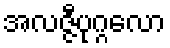
အလဇ္ဇီပုဂ္ဂလော